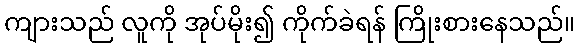
ကျားသည် လူကို အုပ်မိုး၍ ကိုက်ခဲရန် ကြိုးစားနေသည်။